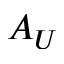
A _ { U }